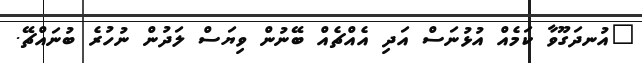
"އުނދަގޫވާ ކަމެއް އުޅުނަސް އަދި އެއްޗެއް ބޭނުން ވިޔަސް ލަދުން ނުހުރެ ބުނައްޗޭ.